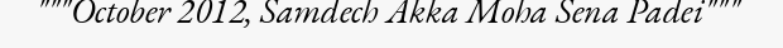
"""October 2012, Samdech Akka Moha Sena Padei"""